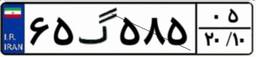
۶۵گ۲۸۵۱۵